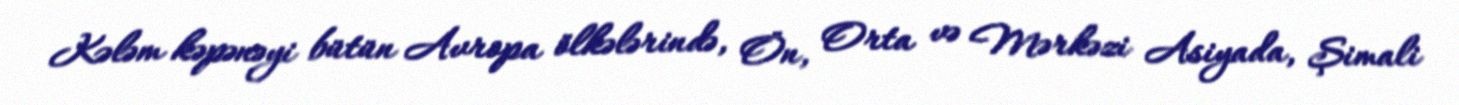
Kələm kəpənəyi bütün Avropa ölkələrində, Ön, Orta və Mərkəzi Asiyada, Şimali